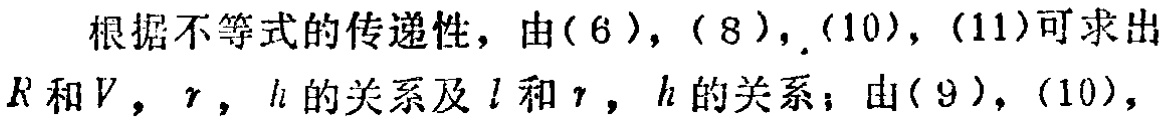
根据不等式的传递性，由\((6)\)，\((8)\)，\((10)\)，\((11)\)可求出\(R\)和\(V\)，\(r\)，\(h\)的关系及\(l\)和\(r\)，\(h\)的关系；由\((9)\)，\((10)\)，